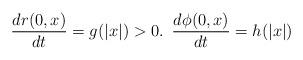
LaTeX: \begin{align*}\frac{dr(0,x)}{dt}=g(|x|)>0.\,\,\,\frac{d\phi(0,x)}{dt}=h(|x|)\end{align*}